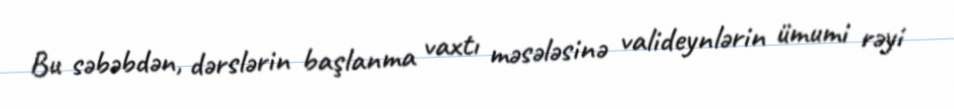
Bu səbəbdən, dərslərin başlanma vaxtı məsələsinə valideynlərin ümumi rəyi